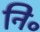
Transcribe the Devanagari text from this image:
नि॰